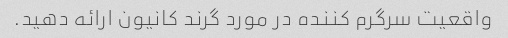
واقعیت سرگرم کننده در مورد گرند کانیون ارائه دهید.